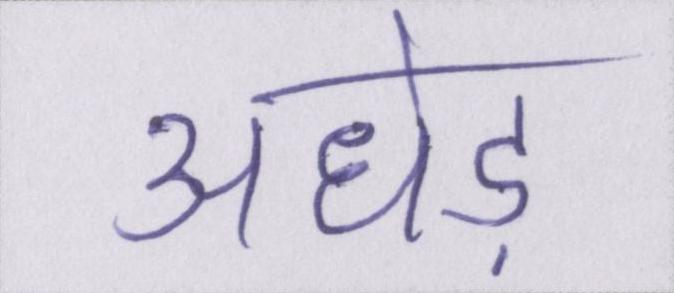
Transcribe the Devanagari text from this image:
अधेड़